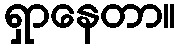
ရှာနေတာ။